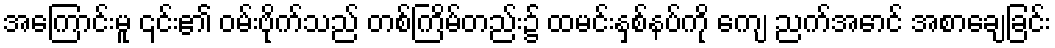
အကြောင်းမူ ၎င်း၏ ဝမ်းဗိုက်သည် တစ်ကြိမ်တည်း၌ ထမင်းနှစ်နပ်ကို ကျေ ညက်အောင် အစာချေခြင်း